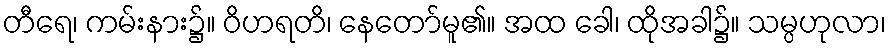
တီရေ၊ ကမ်းနား၌။ ဝိဟရတိ၊ နေတော်မူ၏။ အထ ခေါ၊ ထိုအခါ၌။ သမ္ပဟုလာ၊